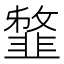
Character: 𩐈